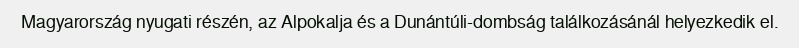
Magyarország nyugati részén, az Alpokalja és a Dunántúli-dombság találkozásánál helyezkedik el.